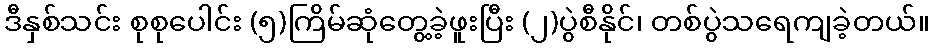
ဒီနှစ်သင်း စုစုပေါင်း (၅)ကြိမ်ဆုံတွေ့ခဲ့ဖူးပြီး (၂)ပွဲစီနိုင်၊ တစ်ပွဲသရေကျခဲ့တယ်။